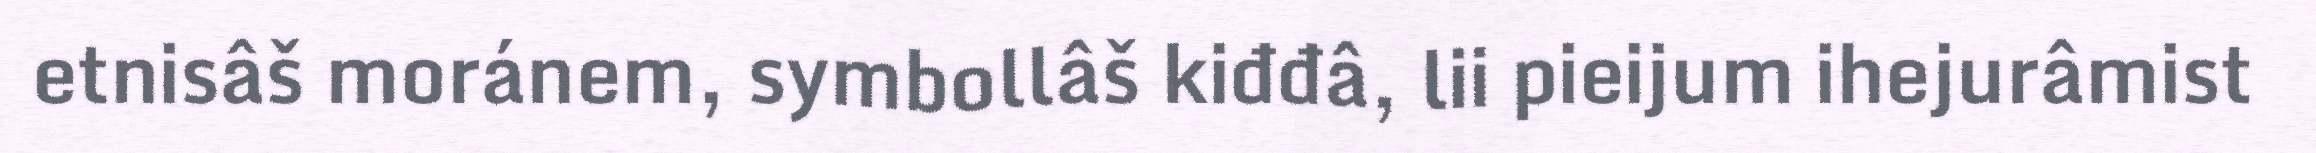
etnisâš moránem, symbollâš kiđđâ, lii pieijum ihejurâmist